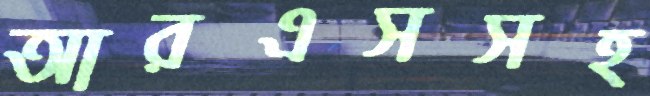
আরএসসহ